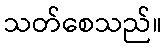
သတ်စေသည်။